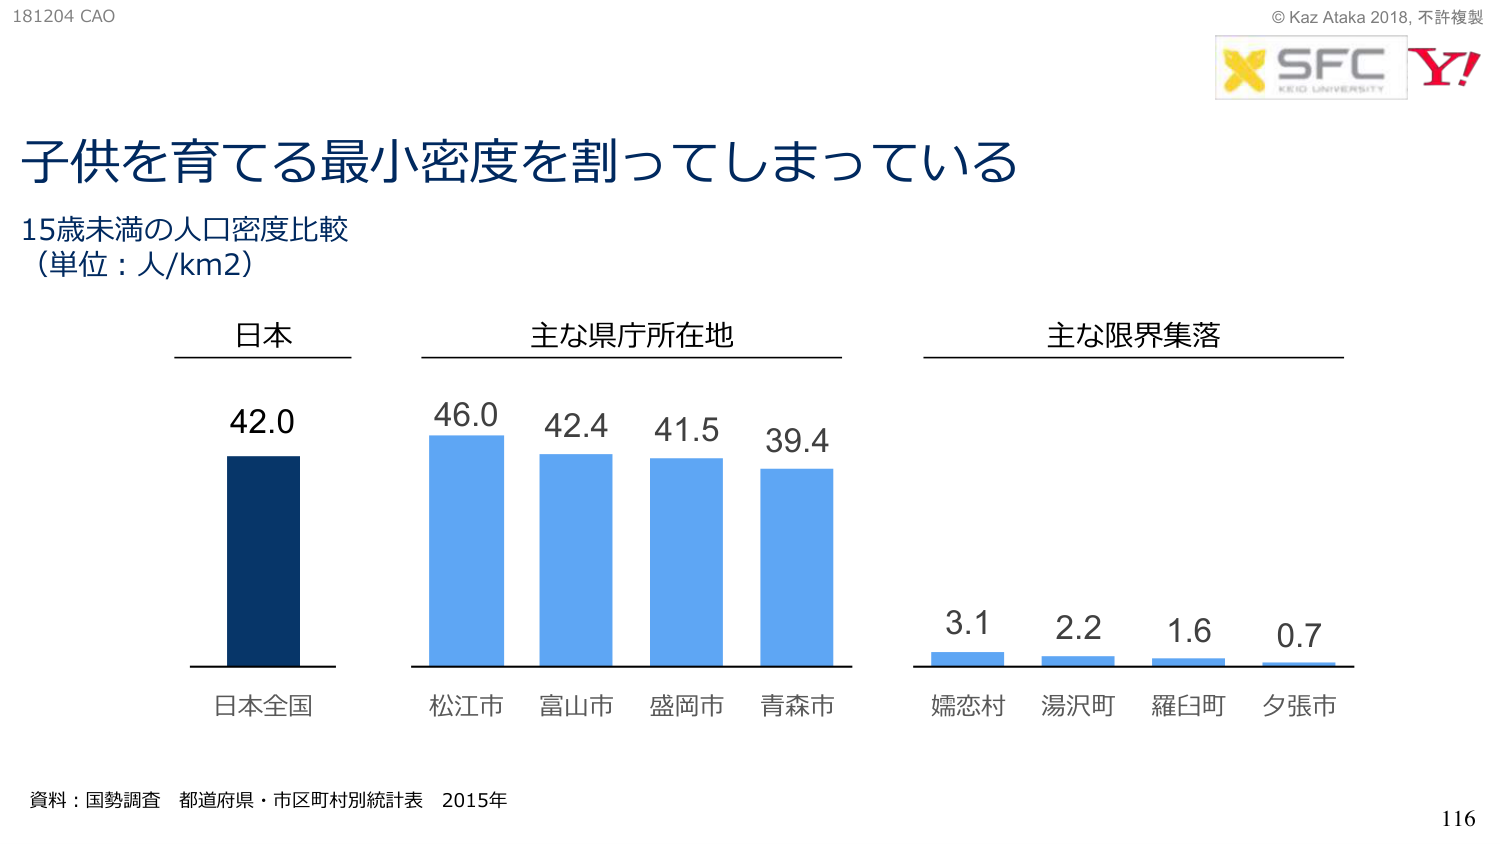
181204 CAO
© Kaz Ataka 2018, 不許複製
SFC
KEIO UNIVERSITY
Y!

子供を育てる最小密度を割ってしまっている
15歳未満の人口密度比較
（単位：人/km2）

日本
42.0
日本全国

主な県庁所在地
46.0 42.4 41.5 39.4
松江市 富山市 盛岡市 青森市

主な限界集落
3.1 2.2 1.6 0.7
嬬恋村 湯沢町 羅臼町 夕張市

資料：国勢調査 都道府県・市区町村別統計表 2015年
116